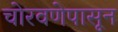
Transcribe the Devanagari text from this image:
चोरवणेपासून